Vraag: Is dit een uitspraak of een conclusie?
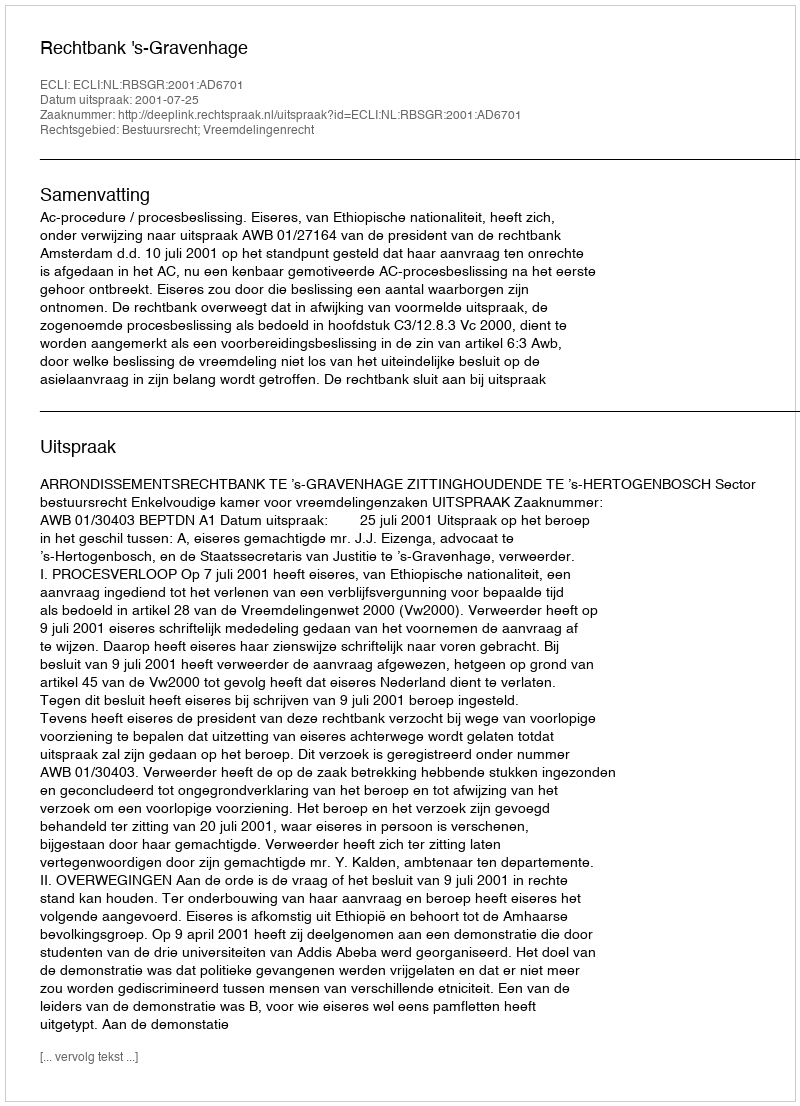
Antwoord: Uitspraak